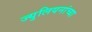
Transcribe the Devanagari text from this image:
ज्युलियनांच्या